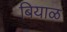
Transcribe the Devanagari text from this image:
बियाळ